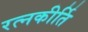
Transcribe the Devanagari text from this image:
रत्‍नकीर्ति